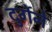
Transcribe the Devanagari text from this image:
दुर्गेने